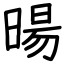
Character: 暘